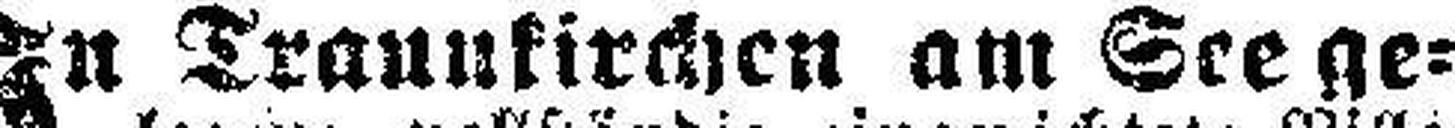
In Trannkirchen am See ge¬